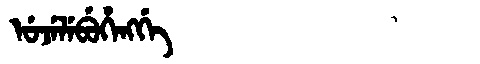
Manchu: ᡠᠵᡝᠯᡝᠪᡠᡥᡝᠩᡤᡝ
Romanization: UJELEBUHENGGE